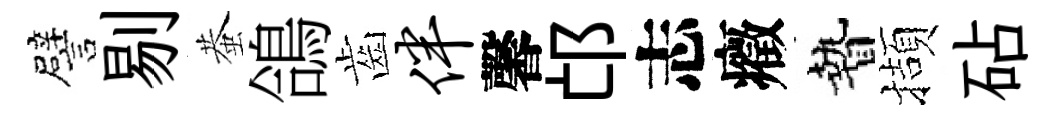
譬剔蛬鴿齒伴馨邙志癥贄擷砧